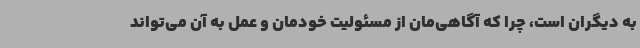
به دیگران است، چرا که آگاهی‌مان از مسئولیت خودمان و عمل به آن می‌تواند